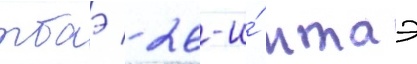
тбаэ / 26-и́ мтаэ